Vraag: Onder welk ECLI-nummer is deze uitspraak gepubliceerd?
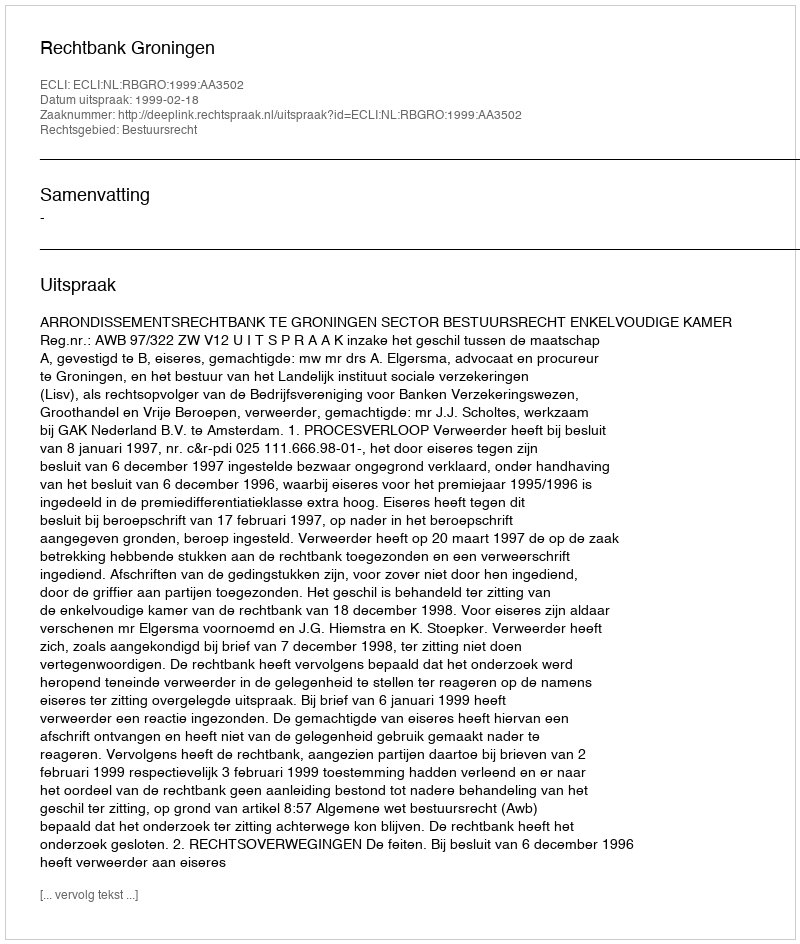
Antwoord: ECLI:NL:RBGRO:1999:AA3502